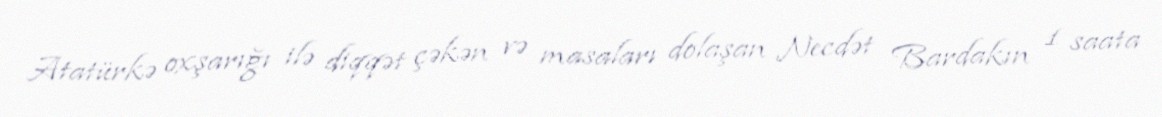
Atatürkə oxşarığı ilə diqqət çəkən və masaları dolaşan Necdət Bardakın 1 saata